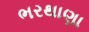
ભરથાણા